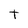
Character: t